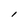
Character: l